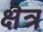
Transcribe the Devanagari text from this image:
क्षॆत्र